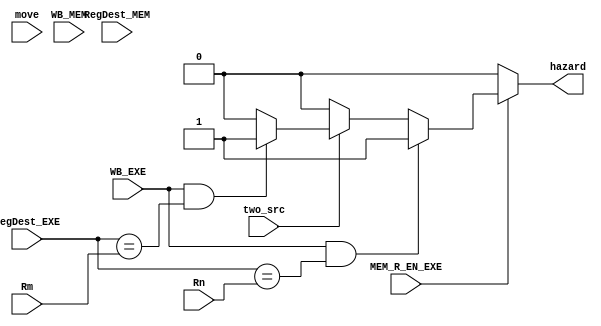
module hazard_unit(
    input two_src, move, WB_MEM, WB_EXE,
    input [3 : 0] RegDest_MEM, RegDest_EXE, Rn, Rm, input MEM_R_EN_EXE,
    output reg hazard
);
    
    always @* begin
        hazard = 1'b0;
	if(MEM_R_EN_EXE) begin
           if (two_src)
               if(WB_EXE & (RegDest_EXE == Rm))
                   hazard = 1'b1;
           if(WB_EXE & (RegDest_EXE == Rn))
                   hazard = 1'b1;
	end

    end

endmodule